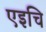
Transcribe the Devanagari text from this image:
एइचि